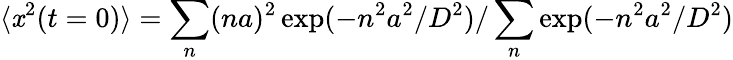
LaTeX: \langle\mathit{x}^{2}(t=0)\rangle=\sum_{n}(na)^{2}\exp(-n^{2}a^{2}/D^{2})/\sum_{n}\exp(-n^{2}a^{2}/D^{2})